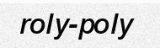
roly-poly